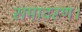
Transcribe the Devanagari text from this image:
समादरण।